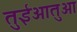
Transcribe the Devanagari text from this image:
तुईआतुआ